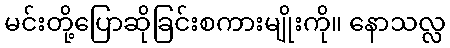
မင်းတို့ပြောဆိုခြင်းစကားမျိုးကို။ နောသလ္လ